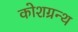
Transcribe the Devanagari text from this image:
कोशग्रन्थ